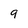
Character: 9